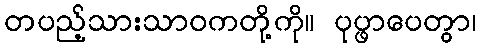
တပည့်သားသာဝကတို့ကို။ ပုပ္ဖာပေတွာ၊